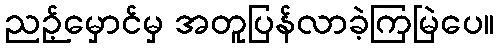
ညဉ့်မှောင်မှ အတူပြန်လာခဲ့ကြမြဲပေ။